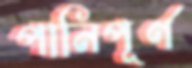
পানিপূর্ণ